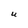
Character: U